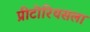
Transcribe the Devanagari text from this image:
प्रीटोरियसला